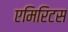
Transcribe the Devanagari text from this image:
एमिरिटस